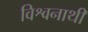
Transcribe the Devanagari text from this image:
विश्वनाथी